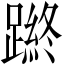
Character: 𨄿